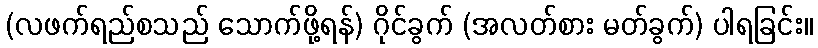
(လဖက်ရည်စသည် သောက်ဖို့ရန်) ဂိုင်ခွက် (အလတ်စား မတ်ခွက်) ပါရခြင်း။